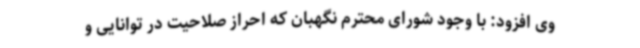
وی افزود: با وجود شورای محترم نگهبان که احراز صلاحیت در توانایی و